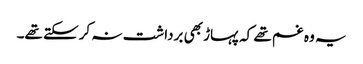
یہ وہ غم تھے کہ پہاڑ بھی برداشت نہ کرسکتے تھے۔